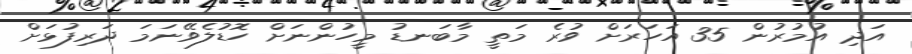
އަދި އުމުރުން 35 އަހަރަށް ވުރެ މަތީ މާބަނޑު މީހުންނަށް ހޮޑުލެވޭނަމަ ދަރިފުޅަށް